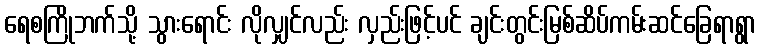
ရေစကြိုဘက်သို့ သွားရောင်း လိုလျှင်လည်း လှည်းဖြင့်ပင် ချင်းတွင်းမြစ်ဆိပ်ကမ်းဆင်ခြေရာရွာ